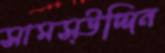
সামস্উদ্দিন